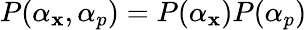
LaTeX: P(\alpha_{\mathbf{x}},\alpha_{p})=P(\alpha_{\mathbf{x}})P(\alpha_{p})